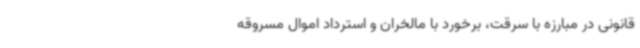
قانونی در مبارزه با سرقت، برخورد با مالخران و استرداد اموال مسروقه